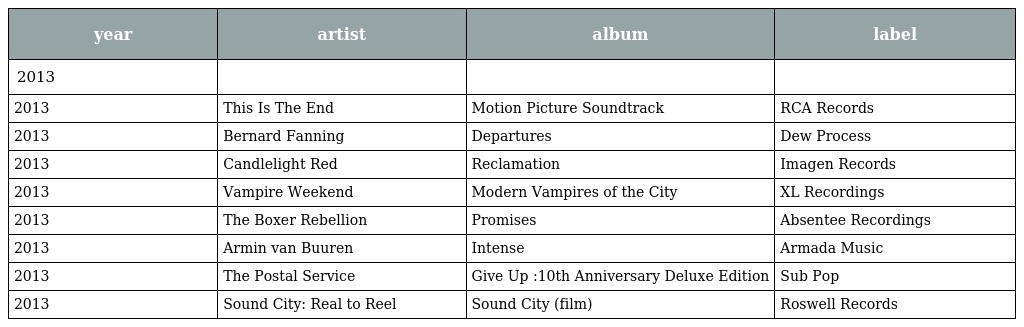
| year | artist | album | label |
 | --- | --- | --- | --- |
 | 2013 |  |  |  |
 | 2013 | This Is The End | Motion Picture Soundtrack | RCA Records |
 | 2013 | Bernard Fanning | Departures | Dew Process |
 | 2013 | Candlelight Red | Reclamation | Imagen Records |
 | 2013 | Vampire Weekend | Modern Vampires of the City | XL Recordings |
 | 2013 | The Boxer Rebellion | Promises | Absentee Recordings |
 | 2013 | Armin van Buuren | Intense | Armada Music |
 | 2013 | The Postal Service | Give Up :10th Anniversary Deluxe Edition | Sub Pop |
 | 2013 | Sound City: Real to Reel | Sound City (film) | Roswell Records |